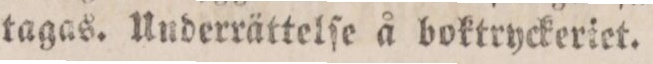
tagas. Underrättelſe å boktryckeriet.